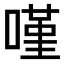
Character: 𠻨